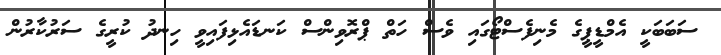
ސަބަބަކީ އެމްޑީޕީގެ މެނިފެސްޓޯގައި ވެސް ހަތް ޕްރޮވިންސް ކަނޑައެޅިފައިވީ ހިނދު ކުރީގެ ސަރުކާރުން